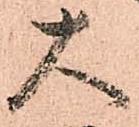
大